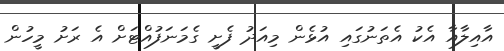
އާއިލާއާ އެކު އެތަނުގައި އުޅެން މިއަދު ފެށީ ގެމަނަފުއްޓަށް އެ ރަށު މީހުން